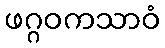
ဖဂ္ဂဝကသာဝံ